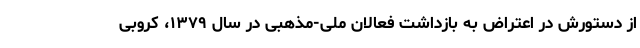
از دستورش در اعتراض به بازداشت فعالان ملی-مذهبی در سال ۱۳۷۹، کروبی